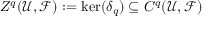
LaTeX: Z ^ { q } ( { \mathcal { U } } , { \mathcal { F } } ) : = \ker ( \delta _ { q } ) \subseteq C ^ { q } ( { \mathcal { U } } , { \mathcal { F } } )